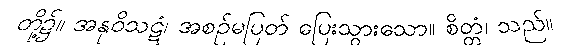
တို့၌။ အနုဝိသဋံ၊ အစဉ်မပြတ် ပြေးသွားသော။ စိတ္တံ၊ သည်။